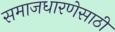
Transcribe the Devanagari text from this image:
समाजधारणेसाठी